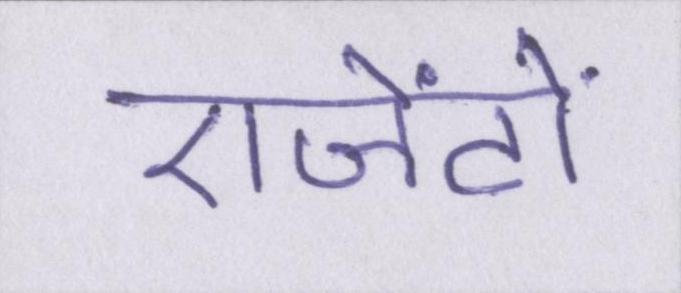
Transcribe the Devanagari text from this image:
एजेंटों